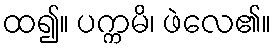
ထ၍။ ပက္ကမိ၊ ဖဲလေ၏။